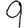
Digit: 9